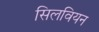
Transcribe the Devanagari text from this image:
सिलवियन